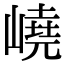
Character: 嶢